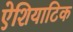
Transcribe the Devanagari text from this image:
ऐशियाटिक